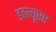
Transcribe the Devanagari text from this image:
डब्ल्यूएए